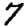
Digit: 7